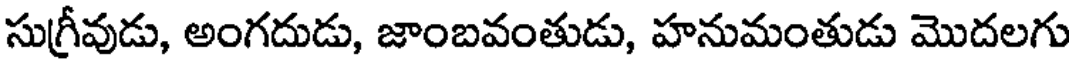
సుగ్రీవుడు, అంగదుడు, జాంబవంతుడు, హనుమంతుడు మొదలగు